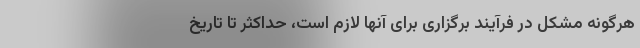
هرگونه مشکل در فرآیند برگزاری برای آنها لازم است، حداکثر تا تاریخ